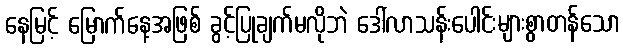
နေမြင့် မြောက်နေ့အဖြစ် ခွင့်ပြုချက်မလိုဘဲ ဒေါ်လာသန်းပေါင်းများစွာတန်သော